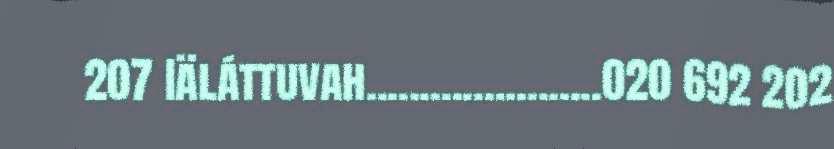
207 Iäláttuvah......................020 692 202